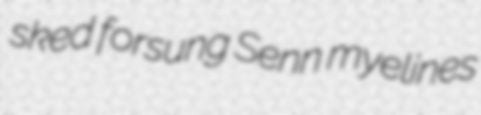
sked forsung Senn myelines